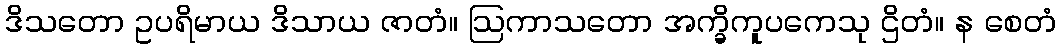
ဒိသတော ဥပရိမာယ ဒိသာယ ဇာတံ။ ဩကာသတော အက္ခိကူပကေသု ဌိတံ။ န စေတံ